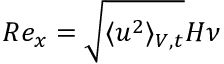
R e _ { x } = \sqrt { \langle u ^ { 2 } \rangle _ { V , t } } H \nu